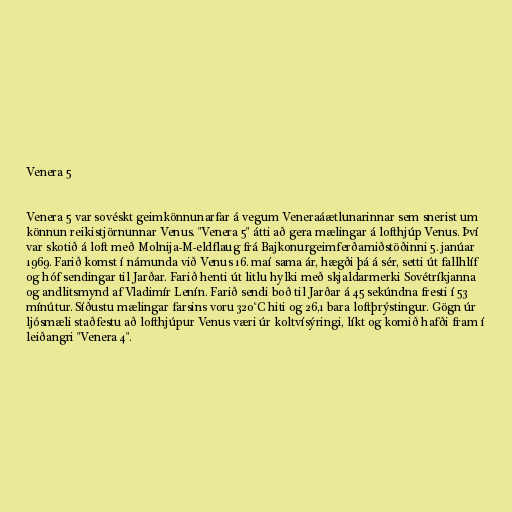
Venera 5

Venera 5 var sovéskt geimkönnunarfar á vegum Veneraáætlunarinnar sem snerist um
könnun reikistjörnunnar Venus. "Venera 5" átti að gera mælingar á lofthjúp Venus. Því
var skotið á loft með Molnija-M-eldflaug frá Bajkonurgeimferðamiðstöðinni 5. janúar
1969. Farið komst í námunda við Venus 16. maí sama ár, hægði þá á sér, setti út fallhlíf
og hóf sendingar til Jarðar. Farið henti út litlu hylki með skjaldarmerki Sovétríkjanna
og andlitsmynd af Vladimír Lenín. Farið sendi boð til Jarðar á 45 sekúndna fresti í 53
mínútur. Síðustu mælingar farsins voru 320°C hiti og 26,1 bara loftþrýstingur. Gögn úr
ljósmæli staðfestu að lofthjúpur Venus væri úr koltvísýringi, líkt og komið hafði fram í
leiðangri "Venera 4".